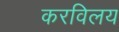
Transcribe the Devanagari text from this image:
करविलय